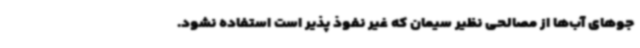
جوهای آب‌ها از مصالحی نظیر سیمان که غیر نفوذ پذیر است استفاده نشود.